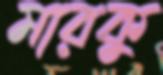
মারকু